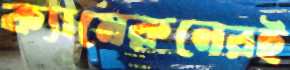
ক্যামেরুনেরই